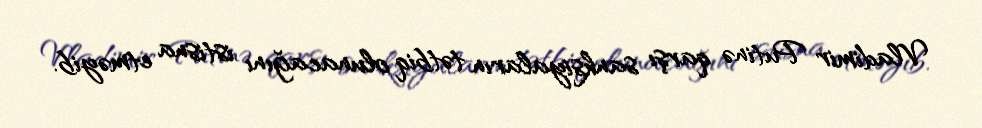
Vladimir Putinə qarşı sanksiyaların tətbiq olunacağını istisna etməyib.